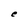
Character: e